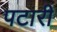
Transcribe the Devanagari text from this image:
पटारी